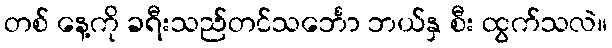
တစ် နေ့ကို ခရီးသည်တင်သင်္ဘော ဘယ်နှ စီး ထွက်သလဲ။